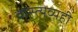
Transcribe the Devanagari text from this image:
वास्त्यव्यही